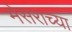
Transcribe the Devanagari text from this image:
मेसराच्या